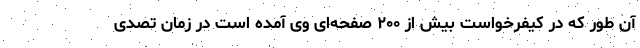
آن طور که در کیفرخواست بیش از ۲۰۰ صفحه‌ای وی آمده است در زمان تصدی